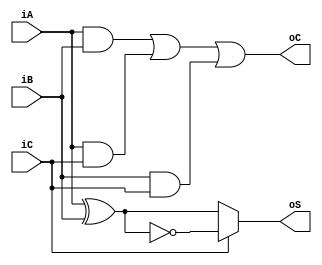
`timescale 1ns / 1ns
//////////////////////////////////////////////////////////////////////////////////
// Company: 
// Engineer: 
// 
// Design Name: 
// Module Name: FA
// Project Name: 
// Target Devices: 
// Tool Versions: 
// Description: 
// 
// Dependencies: 
// 
// Revision:
// Revision 0.01 - File Created
// Additional Comments:
// 
//////////////////////////////////////////////////////////////////////////////////


module FA(
    input iA,
    input iB,
    input iC,
    output reg oS,
    output reg oC
    );
    always@(*)
    begin
    oC=(iA&iB)|(iA&iC)|(iB&iC);
    if(iC)
    oS=!(iA^iB);
    else
    oS=(iA^iB);
    end
endmodule